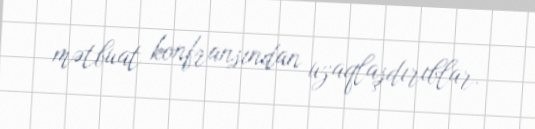
mətbuat konfransından uzaqlaşdırıblar.